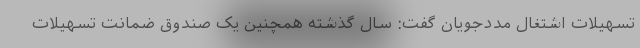
تسهیلات اشتغال مددجویان گفت: سال گذشته همچنین یک صندوق ضمانت تسهیلات